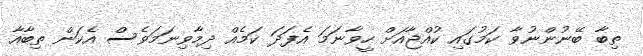
ތިބާ ބޭނުންނުވާ ކަމުގައި ކުއްޖާއަށް ހީވާނަމަ އެފަދަ ކަމެއް ދިމާވިނަމަވެސް އެކަން ތިބާއާ